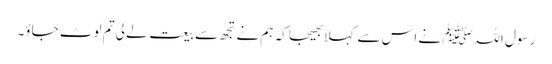
رسول اللہﷺ نے اس سے کہلا بھیجا کہ ہم نے تجھ سے بیعت لے لی تم لوٹ جاؤ۔